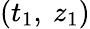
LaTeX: (t_{1},\ z_{1})